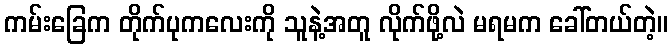
ကမ်းခြေက တိုက်ပုကလေးကို သူနဲ့အတူ လိုက်ဖို့လဲ မရမက ခေါ်တယ်တဲ့။